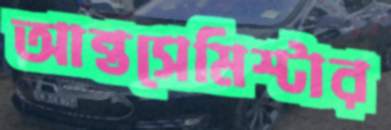
আন্তসেমিস্টার